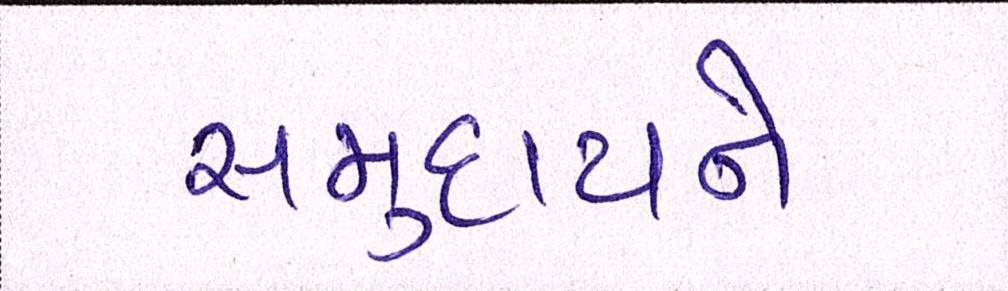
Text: સમુદાયને